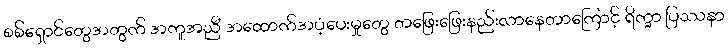
စစ်ရှောင်တွေအတွက် အကူအညီ အထောက်အပံ့ပေးမှုတွေ တဖြေးဖြေးနည်းလာနေတာကြောင့် ရိက္ခာ ပြဿနာ